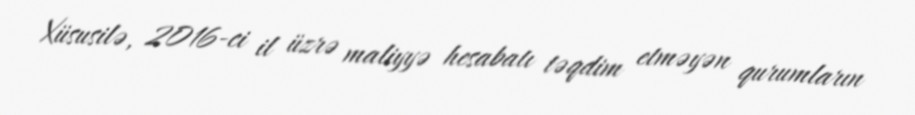
Xüsusilə, 2016-ci il üzrə maliyyə hesabatı təqdim etməyən qurumların